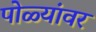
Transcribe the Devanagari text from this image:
पोळ्यांवर